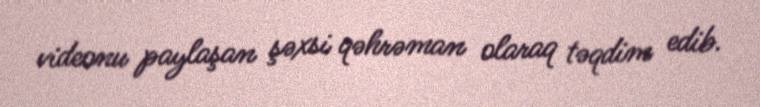
videonu paylaşan şəxsi qəhrəman olaraq təqdim edib.